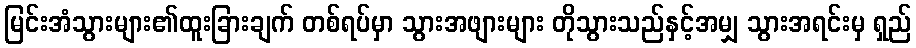
မြင်းအံသွားများ၏ထူးခြားချက် တစ်ရပ်မှာ သွားအဖျားများ တိုသွားသည်နှင့်အမျှ သွားအရင်းမှ ရှည်